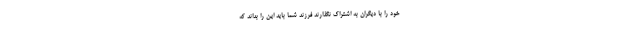
خود را با دیگران به اشتراک نگذارند فرزند شما باید این را بداند که